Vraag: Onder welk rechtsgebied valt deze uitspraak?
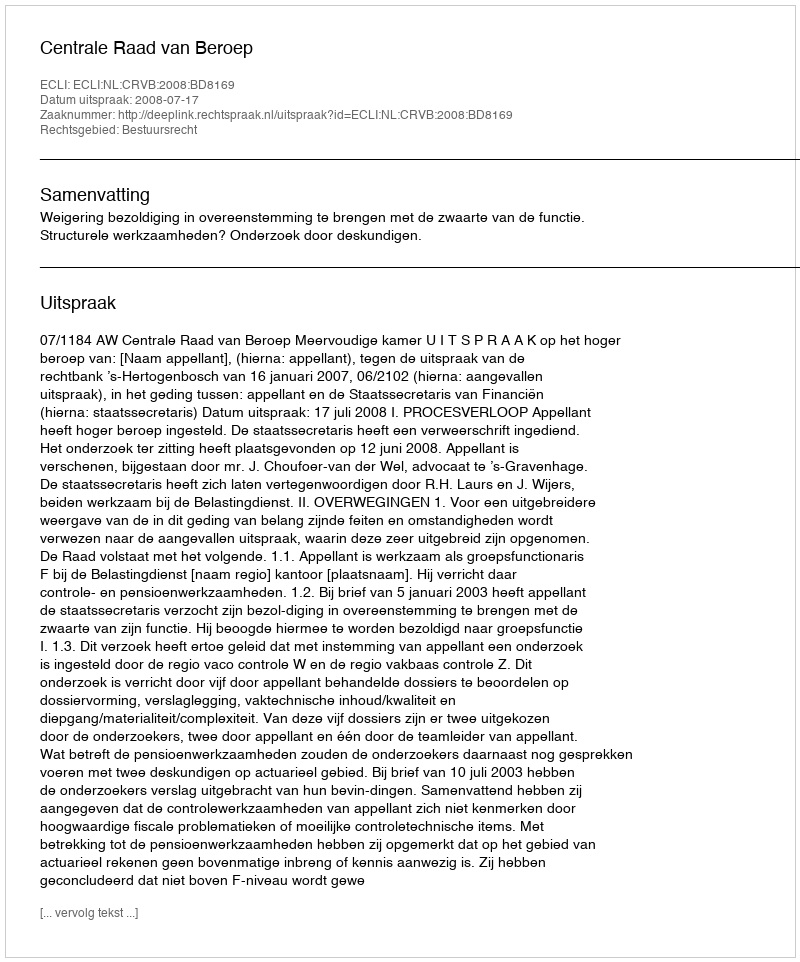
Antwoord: Bestuursrecht